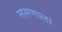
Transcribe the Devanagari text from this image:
लसणाला